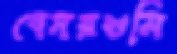
বেমরশুমি